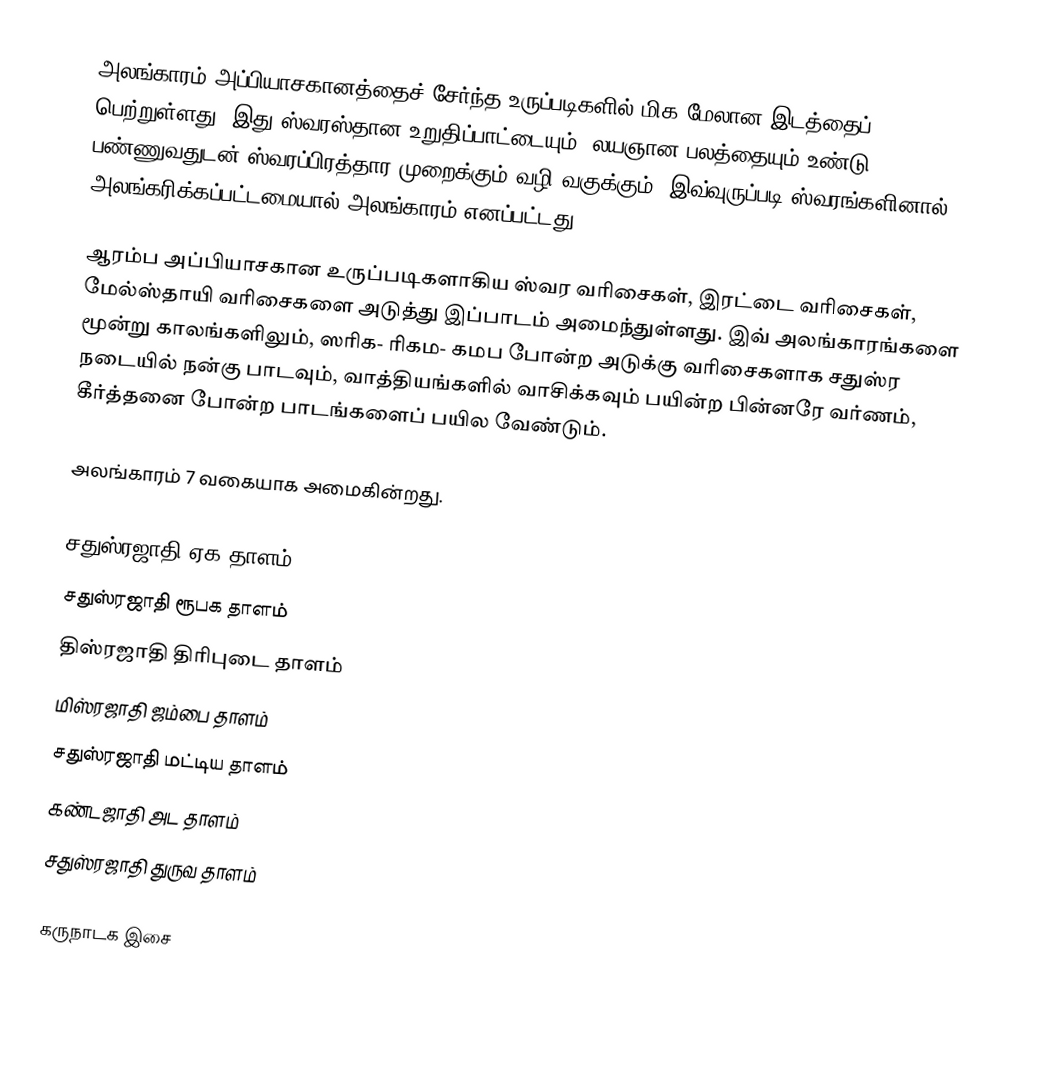
அலங்காரம் அப்பியாசகானத்தைச் சேர்ந்த உருப்படிகளில் மிக மேலான இடத்தைப் பெற்றுள்ளது. இது ஸ்வரஸ்தான உறுதிப்பாட்டையும், லயஞான பலத்தையும் உண்டு பண்ணுவதுடன் ஸ்வரப்பிரத்தார முறைக்கும் வழி வகுக்கும். இவ்வுருப்படி ஸ்வரங்களினால் அலங்கரிக்கப்பட்டமையால் அலங்காரம் எனப்பட்டது.

ஆரம்ப அப்பியாசகான உருப்படிகளாகிய ஸ்வர வரிசைகள், இரட்டை வரிசைகள், மேல்ஸ்தாயி வரிசைகளை அடுத்து இப்பாடம் அமைந்துள்ளது. இவ் அலங்காரங்களை மூன்று காலங்களிலும், ஸரிக- ரிகம- கமப போன்ற அடுக்கு வரிசைகளாக சதுஸ்ர நடையில் நன்கு பாடவும், வாத்தியங்களில் வாசிக்கவும் பயின்ற பின்னரே வர்ணம், கீர்த்தனை போன்ற பாடங்களைப் பயில வேண்டும்.

அலங்காரம் 7 வகையாக அமைகின்றது.

 சதுஸ்ரஜாதி ஏக தாளம்
 சதுஸ்ரஜாதி ரூபக தாளம்
 திஸ்ரஜாதி திரிபுடை தாளம்
 மிஸ்ரஜாதி ஜம்பை தாளம்
 சதுஸ்ரஜாதி மட்டிய தாளம்
 கண்டஜாதி அட தாளம்
 சதுஸ்ரஜாதி துருவ தாளம்

 கருநாடக இசை